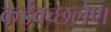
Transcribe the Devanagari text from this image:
कईवच्छलेण